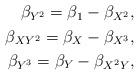
LaTeX: \begin{align*}\begin{aligned}\beta_{Y^2}= \beta_{1}-\beta_{X^2},\\\beta_{XY^2}= \beta_{X}-\beta_{X^3},\\\beta_{Y^3}= \beta_{Y}-\beta_{X^2Y},\end{aligned}\end{align*}